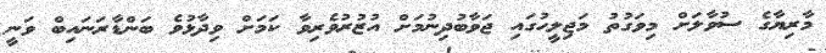
މާރިޔާގެ ސުވާލަށް މިވަގުތު މަޖިލީހުގައި ޖަވާބުދިނުމަށް އުޒުރުވެރިވާ ކަމަށް ވިދާޅުވެ ބަންޑާރަނައިބް ވަނީ